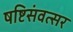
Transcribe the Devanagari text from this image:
षष्टिसंवत्सर